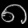
Digit: ၈